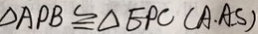
\Delta A P B \cong \Delta E P C ( A . A . S )